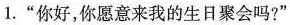
1.“你好，你愿意来我的生日聚会吗?”